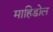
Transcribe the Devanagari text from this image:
माहिडोल